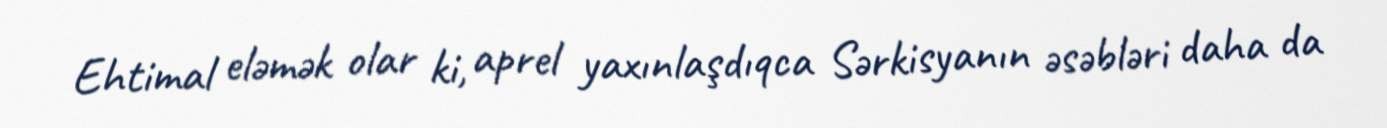
Ehtimal eləmək olar ki, aprel yaxınlaşdıqca Sərkisyanın əsəbləri daha da